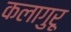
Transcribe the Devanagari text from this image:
कलागुरू